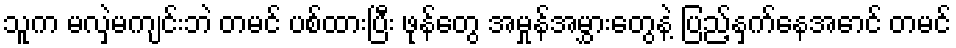
သူက မလှဲမကျင်းဘဲ တမင် ပစ်ထားပြီး ဖုန်တွေ အမှုန်အမွှားတွေနဲ့ ပြည့်နှက်နေအောင် တမင်